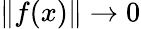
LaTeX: \| f(x)\| \to 0